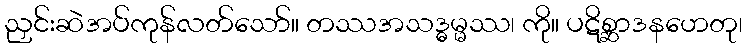
ညှင်းဆဲအပ်ကုန်လတ်သော်။ တဿအသဒ္ဓမ္မဿ၊ ကို။ ပဋိစ္ဆာဒနဟေတု၊